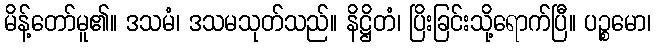
မိန့်တော်မူ၏။ ဒသမံ၊ ဒသမသုတ်သည်။ နိဋ္ဌိတံ၊ ပြိးခြင်းသို့ရောက်ပြီ။ ပဉ္စမော၊